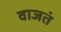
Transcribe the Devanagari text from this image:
वाजतं